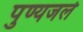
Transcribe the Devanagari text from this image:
पुण्यजले